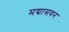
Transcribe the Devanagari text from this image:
मद्यासवन